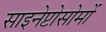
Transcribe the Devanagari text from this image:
साइनेप्टोसोमों